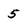
Character: 5